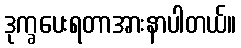
ဒုက္ခပေးရတာအားနာပါတယ်။